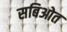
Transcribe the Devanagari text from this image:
सबिओत